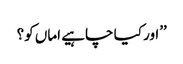
’’اور کیا چاہیے اماں کو؟